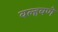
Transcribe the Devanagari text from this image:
वल्हवणे